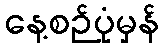
နေ့စဉ်ပုံမှန်